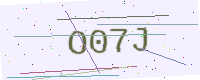
Text: O07J